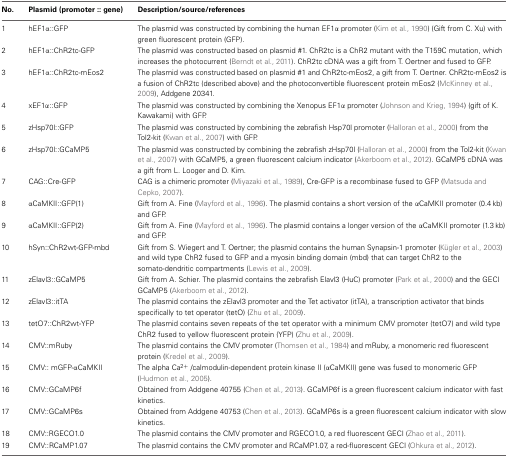
<table><thead><tr><td><b>No.</b></td><td><b>Plasmid (promoter :: gene)</b></td><td><b>Description/source/references</b></td></tr></thead><tbody><tr><td>1</td><td>hEF1α::GFP</td><td>The plasmid was constructed by combining the human EF1α promoter (Kim et al., 1990) (Gift from C. Xu) with green fluorescent protein (GFP).</td></tr><tr><td>2</td><td>hEF1α::ChR2tc-GFP</td><td>The plasmid was constructed based on plasmid #1. ChR2tc is a ChR2 mutant with the T159C mutation, which increases the photocurrent (Berndt et al., 2011). ChR2tc cDNA was a gift from T. Oertner and fused to GFP.</td></tr><tr><td>3</td><td>hEF1α::ChR2tc-mEos2</td><td>The plasmid was constructed based on plasmid #1 and ChR2tc-mEos2, a gift from T. Oertner. ChR2tc-mEos2 is a fusion of ChR2tc (described above) and the photoconvertible fluorescent protein mEos2 (McKinney et al., 2009), Addgene 20341.</td></tr><tr><td>4</td><td>xEF1α::GFP</td><td>The plasmid was constructed by combining the Xenopus EF1α promoter (Johnson and Krieg, 1994) (gift of K. Kawakami) with GFP.</td></tr><tr><td>5</td><td>zHsp70l::GFP</td><td>The plasmid was constructed by combining the zebrafish Hsp70l promoter (Halloran et al., 2000) from the Tol2-kit (Kwan et al., 2007) with GFP.</td></tr><tr><td>6</td><td>zHsp70l::GCaMP5</td><td>The plasmid was constructed by combining the zebrafish zHsp70l (Halloran et al., 2000) from the Tol2-kit (Kwan et al., 2007) with GCaMP5, a green fluorescent calcium indicator (Akerboom et al., 2012). GCaMP5 cDNA was a gift from L. Looger and D. Kim.</td></tr><tr><td>7</td><td>CAG::Cre-GFP</td><td>CAG is a chimeric promoter (Miyazaki et al., 1989), Cre-GFP is a recombinase fused to GFP (Matsuda and Cepko, 2007).</td></tr><tr><td>8</td><td>αCaMKII::GFP(1)</td><td>Gift from A. Fine (Mayford et al., 1996). The plasmid contains a short version of the αCaMKII promoter (0.4 kb) and GFP.</td></tr><tr><td>9</td><td>αCaMKII::GFP(2)</td><td>Gift from A. Fine (Mayford et al., 1996). The plasmid contains a longer version of the αCaMKII promoter (1.3 kb) and GFP.</td></tr><tr><td>10</td><td>hSyn::ChR2wt-GFP-mbd</td><td>Gift from S. Wiegert and T. Oertner; the plasmid contains the human Synapsin-1 promoter (Kügler et al., 2003) and wild type ChR2 fused to GFP and a myosin binding domain (mbd) that can target ChR2 to the somato-dendritic compartments (Lewis et al., 2009).</td></tr><tr><td>11</td><td>zElavl3::GCaMP5</td><td>Gift from A. Schier. The plasmid contains the zebrafish Elavl3 (HuC) promoter (Park et al., 2000) and the GECI GCaMP5 (Akerboom et al., 2012).</td></tr><tr><td>12</td><td>zElavl3::itTA</td><td>The plasmid contains the zElavl3 promoter and the Tet activator (itTA), a transcription activator that binds specifically to tet operator (tetO) (Zhu et al., 2009).</td></tr><tr><td>13</td><td>tetO7::ChR2wt-YFP</td><td>The plasmid contains seven repeats of the tet operator with a minimum CMV promoter (tetO7) and wild type ChR2 fused to yellow fluorescent protein (YFP) (Zhu et al., 2009).</td></tr><tr><td>14</td><td>CMV::mRuby</td><td>The plasmid contains the CMV promoter (Thomsen et al., 1984) and mRuby, a monomeric red fluorescent protein (Kredel et al., 2009).</td></tr><tr><td>15</td><td>CMV:: mGFP-αCaMKII</td><td>The alpha Ca<sup>2+</sup> /calmodulin-dependent protein kinase II (αCaMKII) gene was fused to monomeric GFP (Hudmon et al., 2005).</td></tr><tr><td>16</td><td>CMV::GCaMP6f</td><td>Obtained from Addgene 40755 (Chen et al., 2013). GCaMP6f is a green fluorescent calcium indicator with fast kinetics.</td></tr><tr><td>17</td><td>CMV::GCaMP6s</td><td>Obtained from Addgene 40753 (Chen et al., 2013). GCaMP6s is a green fluorescent calcium indicator with slow kinetics.</td></tr><tr><td>18</td><td>CMV::RGECO1.0</td><td>The plasmid contains the CMV promoter and RGECO1.0, a red fluorescent GECI (Zhao et al., 2011).</td></tr><tr><td>19</td><td>CMV::RCaMP1.07</td><td>The plasmid contains the CMV promoter and RCaMP1.07, a red-fluorescent GECI (Ohkura et al., 2012).</td></tr></tbody></table>